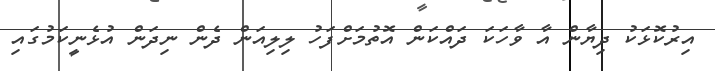
އިރުކޮޅަކު ދިޔާން އާ ވާހަކަ ދައްކަން އޮތުމަށްފަހު ލިލިއަން ދެން ނިދަން އުޅެނީކަމުގައި